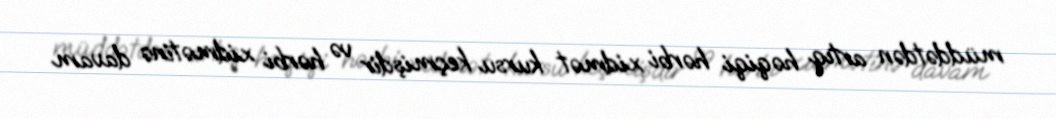
müddətdən artıq həqiqi hərbi xidmət kursu keçmişdir və hərbi xidmətinə davam